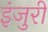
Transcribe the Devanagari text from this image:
इंजुरी